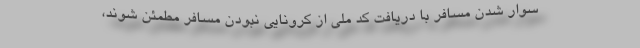
سوار شدن مسافر با دریافت کد ملی از کرونایی نبودن مسافر مطمئن شوند،